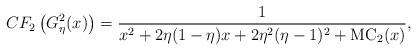
LaTeX: \begin{align*}CF_2\left(G_{\eta}^2(x)\right)=\frac{1}{x^2+2\eta(1-\eta)x+2 \eta^2(\eta-1)^2 +\mathrm{MC}_2(x)},\end{align*}